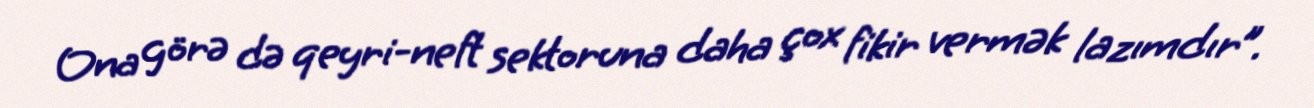
Ona görə də qeyri-neft sektoruna daha çox fikir vermək lazımdır”.